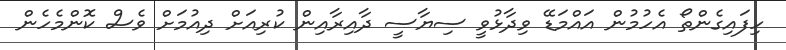
ހިފައިގެންތޯ އެހުމުން އައްމަޑޭ ވިދާޅުވީ ސިޔާސީ ދާއިރާއިން ކުރިއަށް ދިއުމަށް ވެސް ކޮންމެހެން